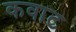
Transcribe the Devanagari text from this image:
कवाट